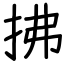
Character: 拂